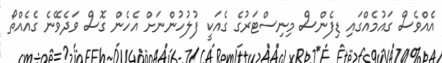
އެއްވެސް ގައުމެއްގައި ޑިފެންސް މިނިސްޓަރުގެ ގެއަކީ ފުލުހުންނަށް އެހެން ގޮސް ވަދެވޭނެ ގެއެއްތޯ